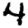
Digit: 4